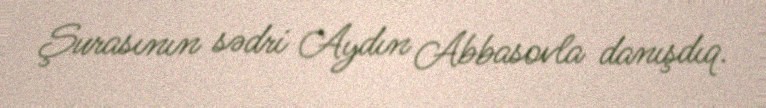
Şurasının sədri Aydın Abbasovla danışdıq.